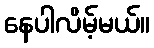
နေပါလိမ့်မယ်။